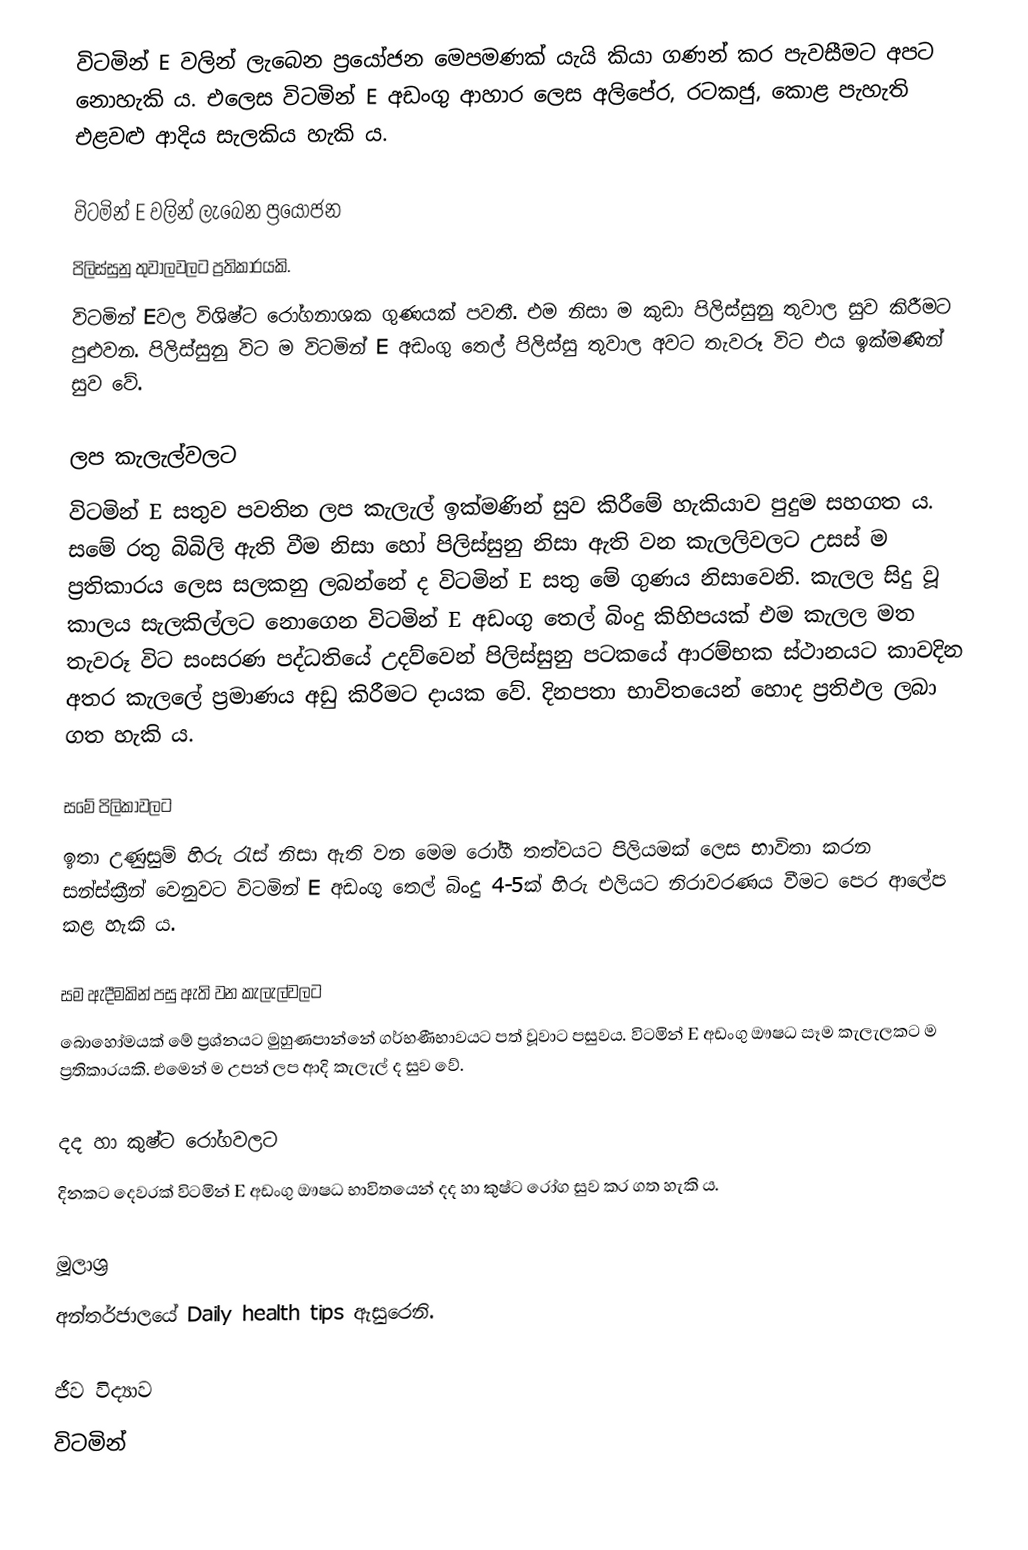
විටමින් E වලින් ලැබෙන ප්‍රයෝජන මෙපමණක් යැයි කියා ගණන් කර පැවසීමට අපට නොහැකි ය. එලෙස විටමින් E අඩංගු ආහාර ලෙස අලිපේර, රටකජු, කොළ පැහැති එළවළු ආදිය සැලකිය හැකි ය.

විටමින් E වලින් ලැබෙන ප්‍රයෝජන
පිලිස්සුනු තුවාලවලට ප්‍රතිකාරයකි.
විටමින් Eවල විශිෂ්ට රෝගනාශක ගුණයක් පවතී. එම නිසා ම කුඩා පිලිස්සුනු තුවාල සුව කිරීමට පුළුවන. පිලිස්සුනු විට ම විටමින් E අඩංගු තෙල් පිලිස්සු තුවාල අවට තැවරූ විට එය ඉක්මණින් සුව වේ.

ලප කැලැල්වලට
විටමින් E සතුව පවතින ලප කැලැල් ඉක්මණින් සුව කිරීමේ හැකියාව පුදුම සහගත ය. සමේ රතු බිබිලි ඇති වීම නිසා හෝ පිලිස්සුනු නිසා ඇති වන කැලලිවලට උසස් ම ප්‍රතිකාරය ලෙස සලකනු ලබන්නේ ද විටමින් E සතු මේ ගුණය නිසාවෙනි.  කැලල සිදු වූ කාලය සැලකිල්ලට නොගෙන විටමින් E අඩංගු තෙල් බිංදු කිහිපයක් එම කැලල මත තැවරූ විට සංසරණ පද්ධතියේ උදව්වෙන් පිලිස්සුනු පටකයේ ආරම්භක ස්ථානයට කාවදින අතර කැලලේ ප්‍රමාණය අඩු කිරීමට දායක වේ. දිනපතා භාවිතයෙන් හොද ප්‍රතිඵල ලබා ගත හැකි ය.

සමේ පිලිකාවලට
ඉතා උණුසුම් හිරු රැස් නිසා ඇති වන මෙම රෝගී තත්වයට පිලියමක් ලෙස භාවිතා කරන සන්ස්ක්‍රීන් වෙනුවට විටමින් E අඩංගු තෙල් බිංදු 4-5ක් හිරු එලියට නිරාවරණය වීමට පෙර ආලේප කළ හැකි ය.

සම ඇදීමකින් පසු ඇති වන කැලැල්වලට
බොහෝමයක් මේ ප්‍රශ්නයට මුහුණපාන්නේ ගර්භණීභාවයට පත් වූවාට පසුවය. විටමින් E අඩංගු  ඖෂධ සෑම කැලැලකට ම ප්‍රතිකාරයකි. එමෙන් ම උපන් ලප ආදි කැලැල් ද සුව වේ.

දද හා කුෂ්ට රෝගවලට
දිනකට දෙවරක් විටමින් E අඩංගු ඖෂධ භාවිතයෙන් දද හා කුෂ්ට රෝග සුව කර ගත හැකි ය.

මූලාශ්‍ර
අන්තර්ජාලයේ Daily health tips ඇසුරෙනි.

ජීව විද්‍යාව
විටමින්